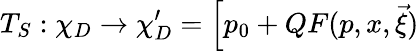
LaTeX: T_{S}:\chi_{D}\rightarrow\chi_{D}^{\prime}=\Big[p_{0}+QF(p,x,\vec{\xi})